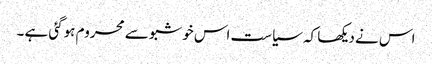
اس نے دیکھا کہ سیاست اس خوشبو سے محروم ہوگئی ہے ۔